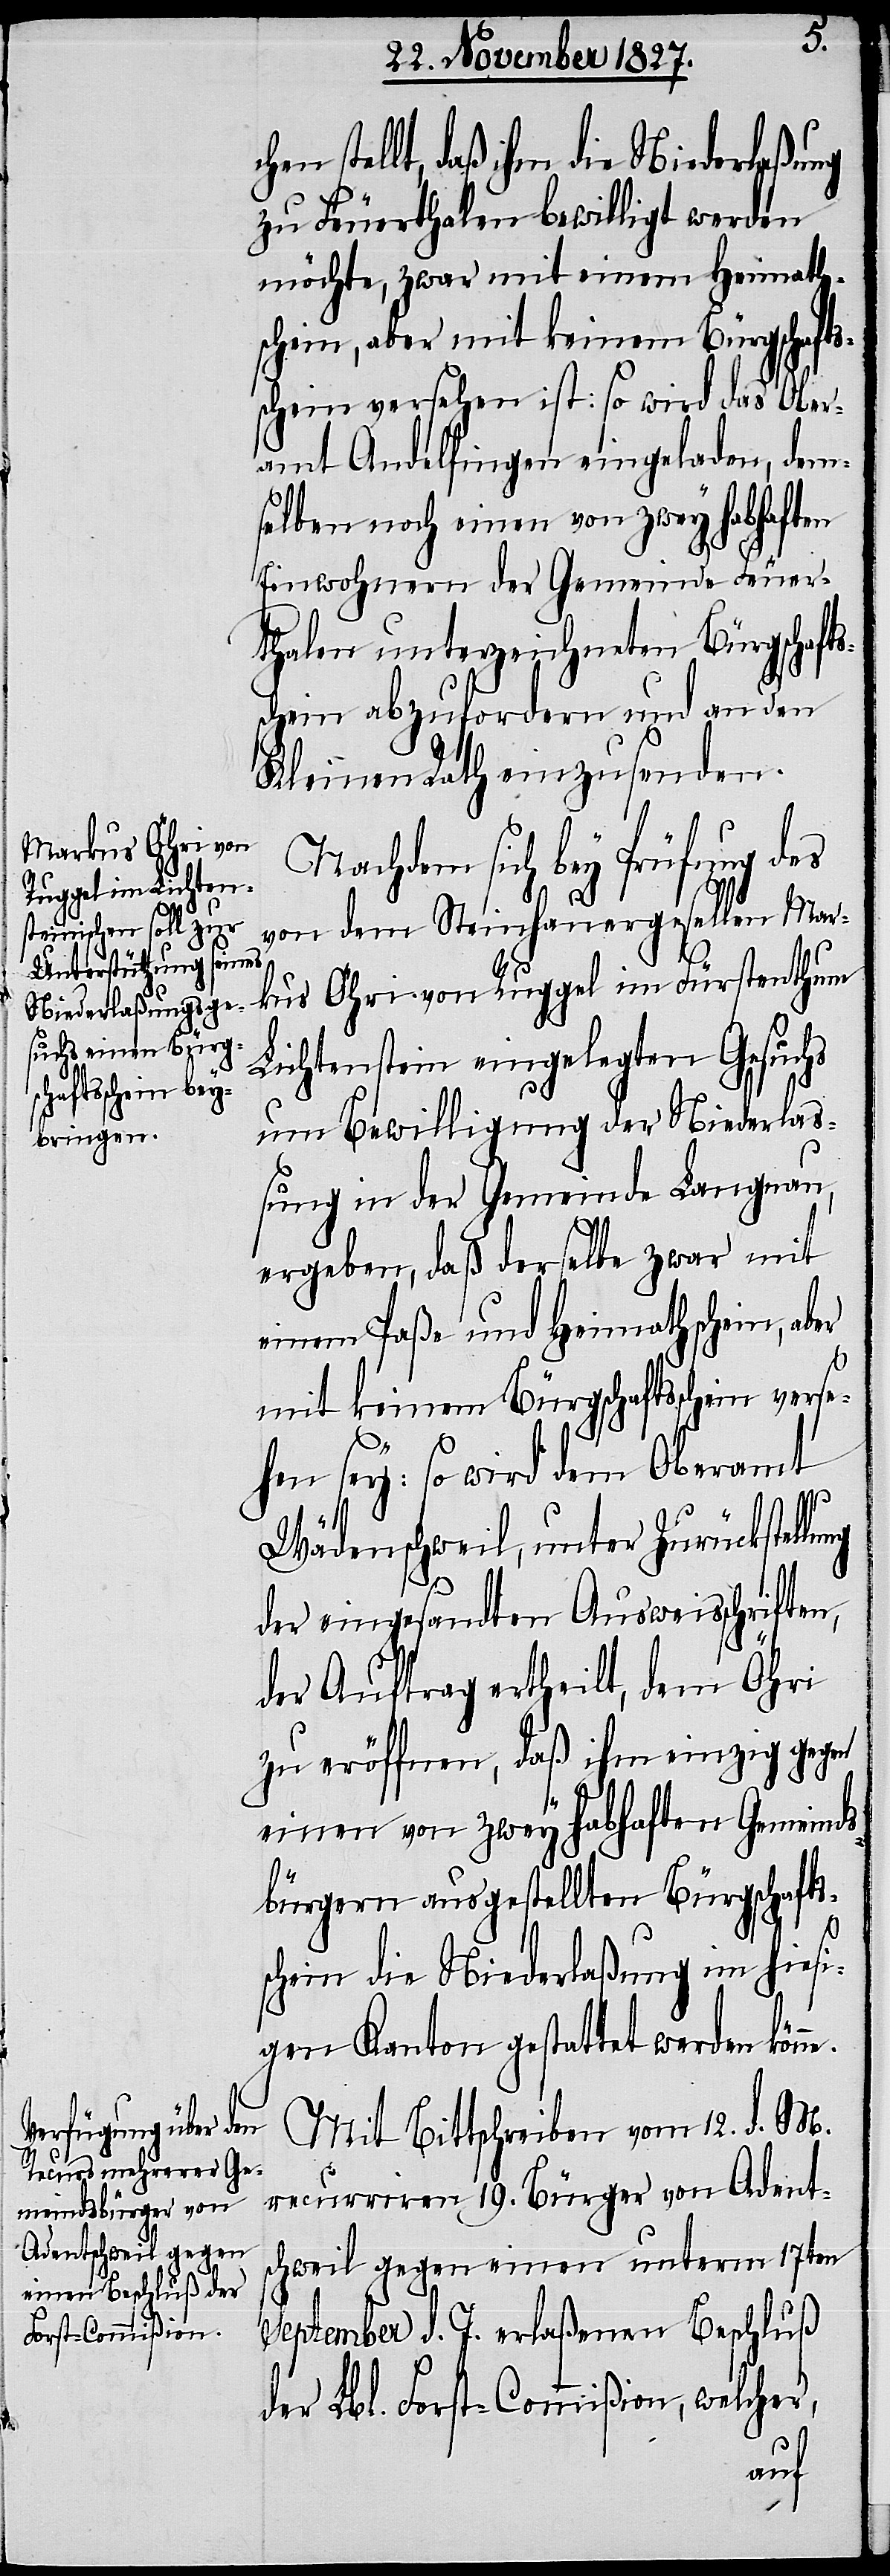
hen stellt, daß ihm die Niederlaßung
zu Feuerthalen bewilligt werden
möchte, zwar mit einem Heimath¬
schein, aber mit keinem Bürgschafts¬
schein versehen ist: so wird das Ober¬
amt Andelfingen eingeladen, dem¬
selben noch einen von zwey habhaften
Einwohnern der Gemeinde Feuer¬
thalen unterzeichneten Bürgschafts¬
schein abzufordern und an den
Kleinen Rath einzusenden.
Nachdem sich bey Prüfung des
von dem Steinhauergesellen Mar¬
kus Öhri von Ruggel im Fürstenthum
Lichtenstein eingelegten Gesuchs
um Bewilligung der Niederlaß¬
ung in der Gemeinde Langnau,
ergeben, daß derselbe zwar mit
einem Paße und Heimathschein, ab¬
e.
mit keinem Bürgschaftsschein verse¬
hen sey: so wird dem Oberamt
Wädenschweil, unter Zurückstellung
der eingesandten Ausweisschriften,
der Auftrag ertheilt, dem Öhri
zu eröffnen, daß ihm einzig gegen
einen von zwey habhaften Gemeinds¬
bürgern ausgestellten Bürgschafts¬
schein die Niederlaßung im hiesi¬
gen Kanton gestattet werden könn¬
Mit Bittschreiben vom 12. d. M.
recurrirten 19. Bürger von Adent¬
schweil gegen einen unterm 17ten
September d. J. erlaßenen Beschluß
der Lbl. Forst-Commißion, welcher,